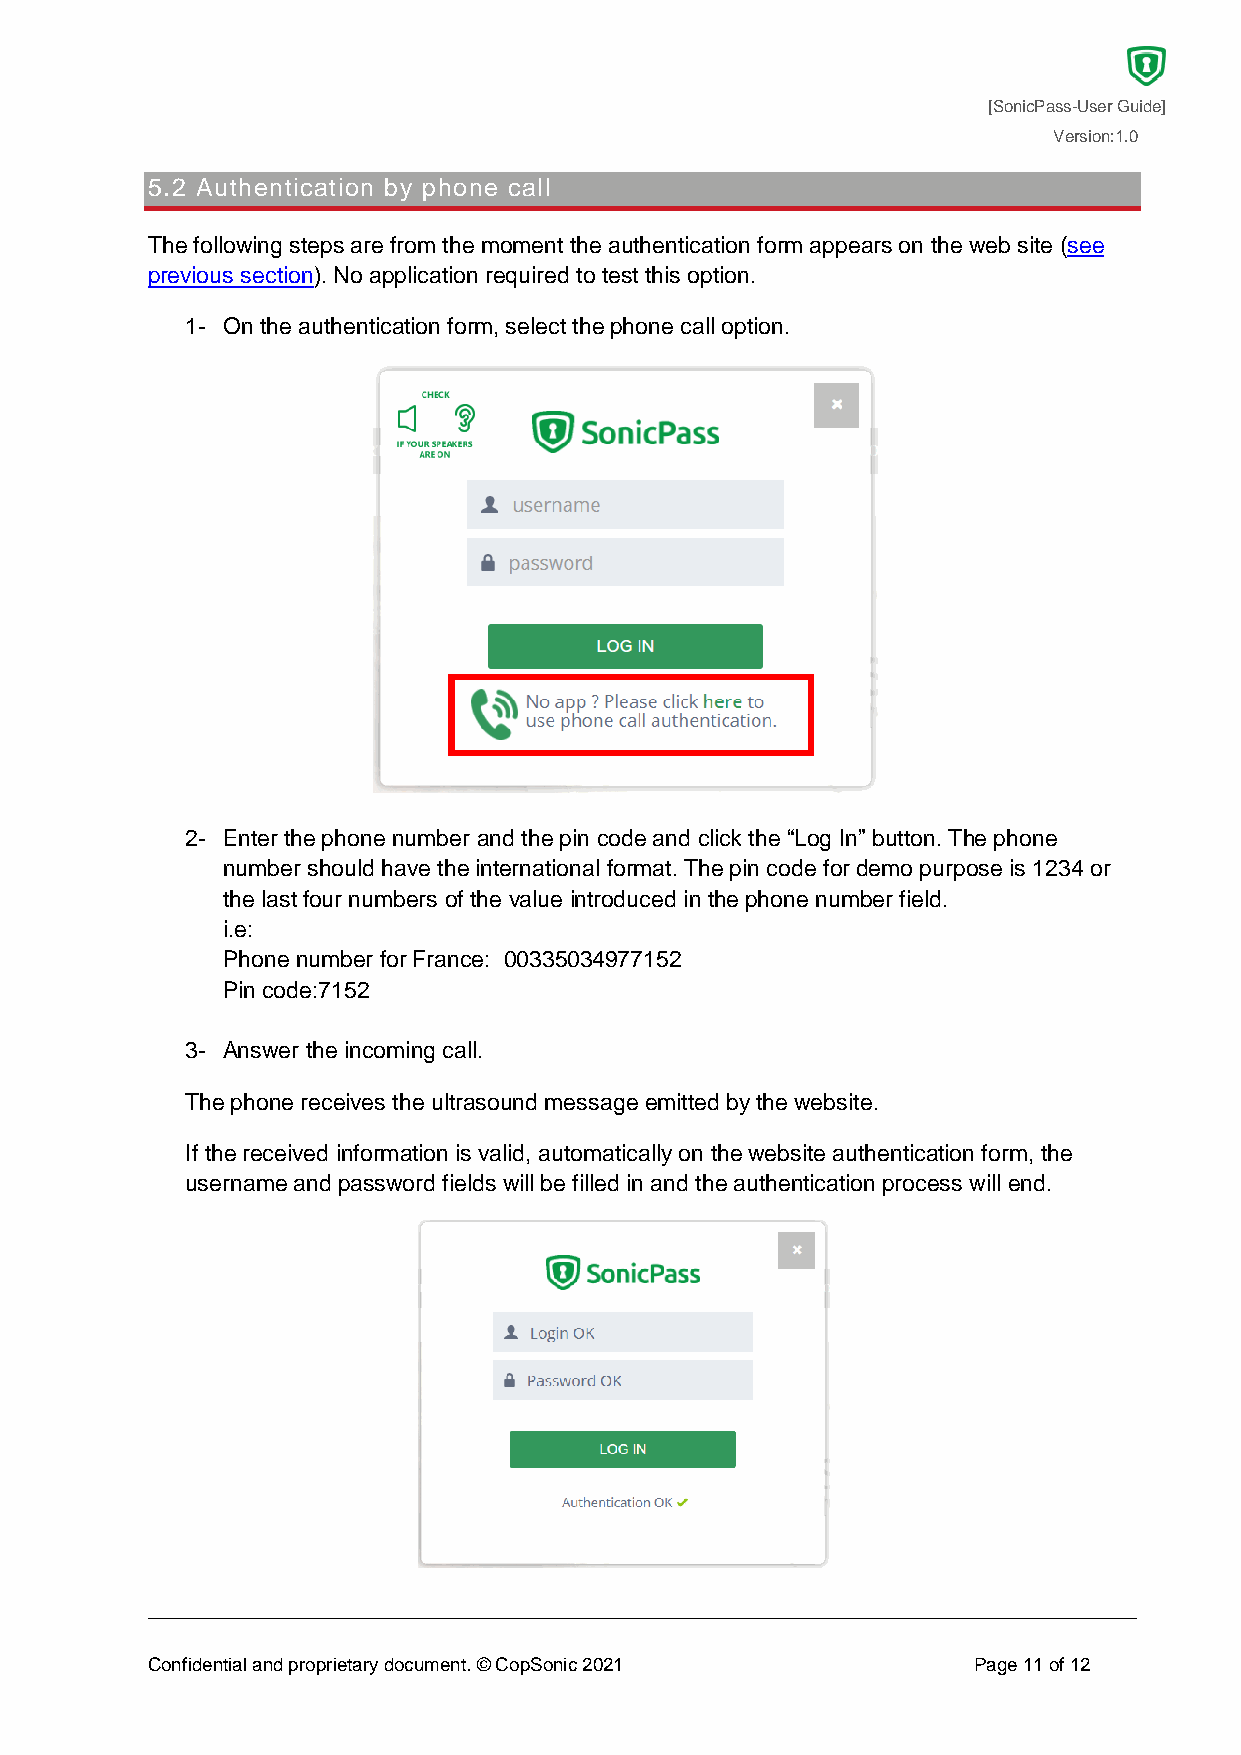
[SonicPass-User Guide]
 Version:1.0
 5.2 Authentication by phone call
 The following steps are from the moment the authentication form appears on the web site (see
 previous section). No application required to test this option.
 1- On the authentication form, select the phone call option.
 2- Enter the phone number and the pin code and click the “Log In” button. The phone
 number should have the international format. The pin code for demo purpose is 1234 or
 the last four numbers of the value introduced in the phone number field.
 i.e:
 Phone number for France: 00335034977152
 Pin code:7152
 3- Answer the incoming call.
 The phone receives the ultrasound message emitted by the website.
 If the received information is valid, automatically on the website authentication form, the
 username and password fields will be filled in and the authentication process will end.
 Confidential and proprietary document. © CopSonic 2021 Page 11 of 12